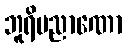
ဘူရိပညာဏော